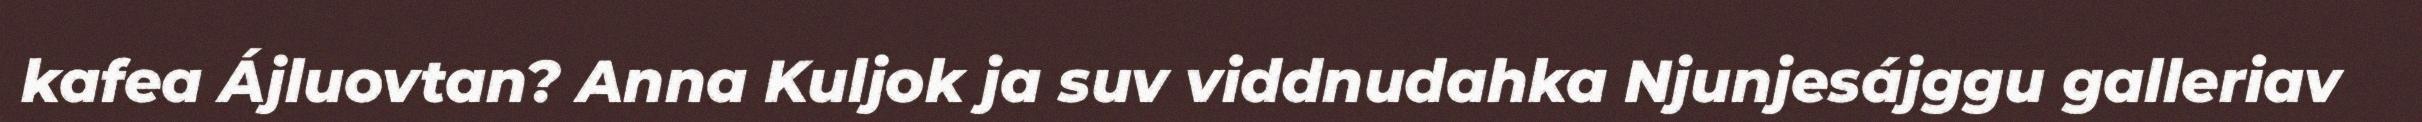
kafea Ájluovtan? Anna Kuljok ja suv viddnudahka Njunjesájggu galleriav